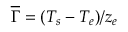
\overline { { \Gamma } } = ( T _ { s } - T _ { e } ) / z _ { e }